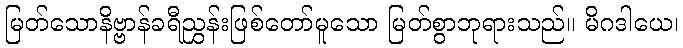
မြတ်သောနိဗ္ဗာန်ခရီညွှန်းဖြစ်တော်မူသော မြတ်စွာဘုရားသည်။ မိဂဒါယေ၊